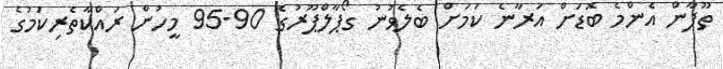
ތޫފާން އެންމެ ބޮޑަށް އަރާނެ ކަމަށް ބެލެވުނު ގޯޕާލްޕޫރުގެ 90-95 މީހުން ރައްކާތެރިކަމުގެ